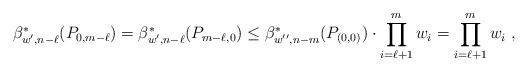
LaTeX: \begin{align*} \beta_{w',n-\ell}^*(P_{0,m-\ell})=\beta_{w',n-\ell}^*(P_{m-\ell,0})\leq \beta_{w'',n-m}^*(P_{(0,0)})\cdot \prod_{i=\ell+1}^{m}w_i =\prod_{i=\ell+1}^m w_i\;, \end{align*}